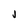
Character: j